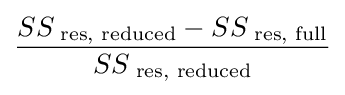
{\frac {SS_{\text{ res, reduced}}-SS_{\text{ res, full}}}{SS_{\text{ res, reduced}}}}